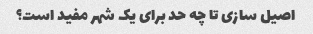
اصیل سازی تا چه حد برای یک شهر مفید است؟